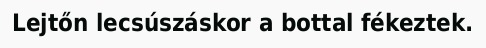
Lejtőn lecsúszáskor a bottal fékeztek.